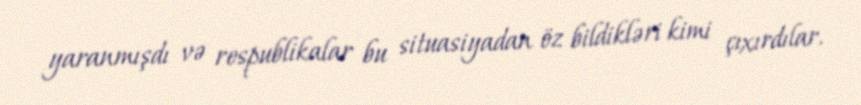
yaranmışdı və respublikalar bu situasiyadan öz bildikləri kimi çıxırdılar.